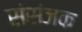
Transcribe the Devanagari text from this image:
संसंजक